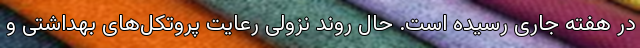
در هفته جاری رسیده است. حال روند نزولی رعایت پروتکل‌های بهداشتی و